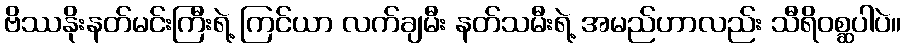
ဗိဿနိုးနတ်မင်းကြီးရဲ့ ကြင်ယာ လက်ချမီး နတ်သမီးရဲ့ အမည်ဟာလည်း သီရိဝစ္ဆပါပဲ။